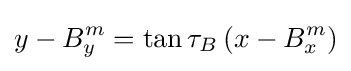
y-B_{y}^{m}=\tan \tau _{B}\left(x-B_{x}^{m}\right)